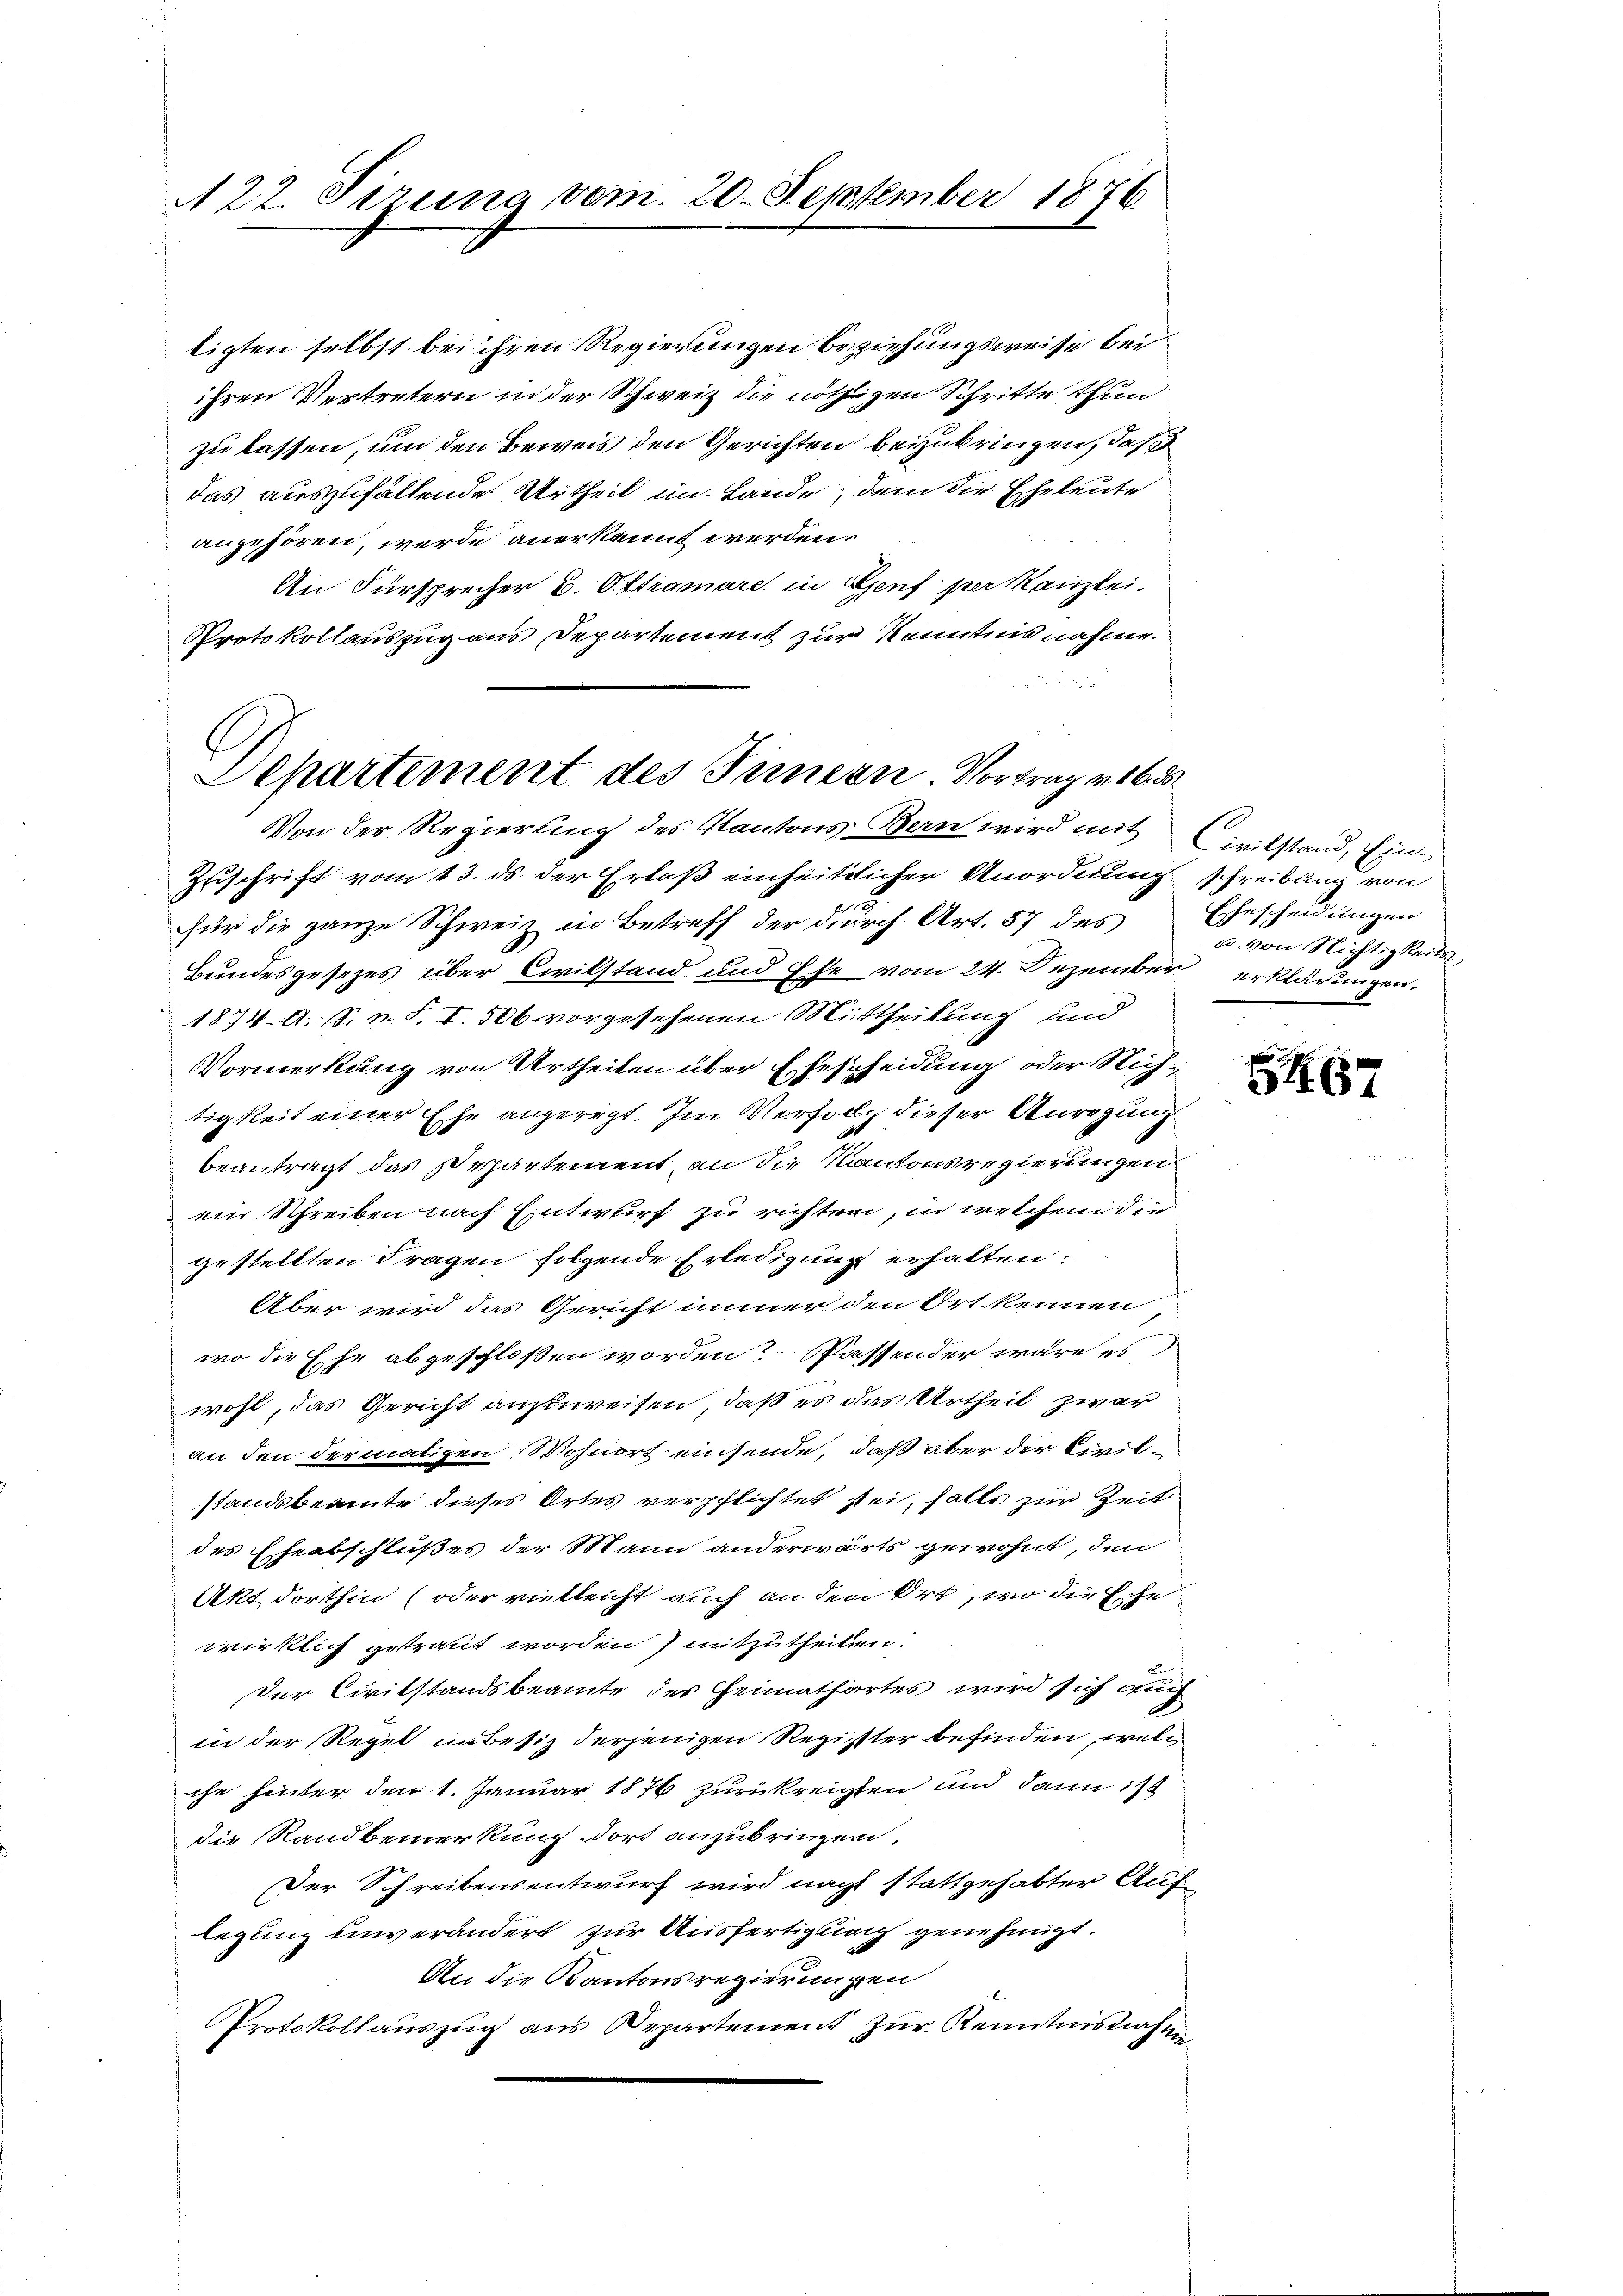
22. Sirung vom 20. September 1876.

ligten selbst bei ihren Regierungen beziehungsweise bei
ihren Vertretern in der Schweiz die nöthigen Schritte thun
zu lassen, um den Beweis den Gerichten beizubringen, daß
das auszufallende Urtheil im Lande, dem die Eheleute
angehören, werde anerkannt werden.
An Fürsprecher u. Ottramare in Genf per Kanzlei.
Protokollauszug aus Departement zur Kenntnis nahme.

Departement des Innern Vortrag v. 16. d
Von der Regierung des Kantons Bern wird mit Civilstand, Ein¬

Zuschrift vom 13. ds. der Erlaß einheitlicher Anordnung schreibung von
189
für die ganze Schweiz in Betreff der durch Art. 57 des Ehescheidungen
Bundesgesezes über Civilstand und Ehe vom 24. Dezember erklärungen.
1874. A. S. n. F. I. 506 vorgesehenen Mittheilung und
Vormerkung von Urtheilen über Ehescheidung oder Nichtigkeit einer Ehe angeregt. Im Verfolg dieser Anregung
beantragt das Departement, an die Kantonsregierungen
ein Schreiben nach Entwurf zu richten, in welchem die
gestellten Fragen folgende Erledigung erhalten.
Aber wird das Gericht immer den Ort kennen,
wo die Ehe abgeschloßen worden? Passender wäre es
wohl, das Gericht anzuweisen, daß es das Urtheil zwar
an den dermaligen Wohnort einsende, daß aber der Civilstandsbeamte dieses Ortes verpflichtet sei, falls zur Zeit
des Eheabschlußes der Mann anderwärts gewohnt, den
Akt. dorthin (oder vielleicht auch an den Ort, wo die Ehe
wirklich getraut worden) mitzutheilen.
Der Civilstandsbeamte des Heimathartes wird sich auch
in der Regel unbesiz derjenigen Register befinden, welch
che hinter den 1. Januar 1876 zurückreigten und dann ist
die Sandbemerkung dort anzubringen.
Der Schreibensentwurf wird nach stattgehabter Auflegung unverändert zur Ausfertigung genehmigt.
An die Kantonsregierungen
Protokollauszug aus Departement zur Kenntnisnahen

u. von Nichtigkeits

67